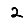
Digit: 2